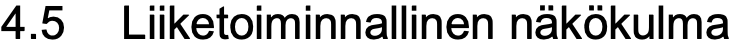
4.5 Liiketoiminnallinen näkökulma